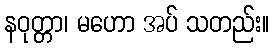
နဝုတ္တာ၊ မဟော အပ် သတည်း။